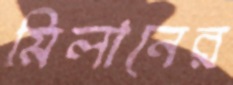
মিলানের